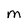
Character: M